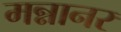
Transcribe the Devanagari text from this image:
मन्नानर